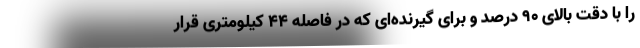
را با دقت بالای ۹۰ درصد و برای گیرنده‌ای که در فاصله ۴۴ کیلومتری قرار